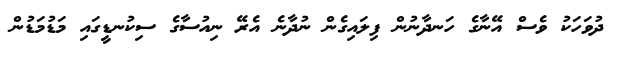
ދުވަހަކު ވެސް އޭނާގެ ހަނދާނުން ފިލައިގެން ނުދާނެ އެރޭ ނިއުސާގެ ސިކުނޑީގައި މަޑުމަޑުން